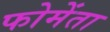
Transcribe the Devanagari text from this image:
फोमेंता